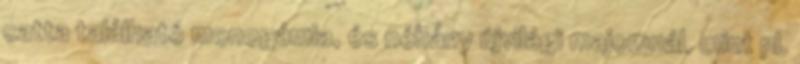
catta található monogámia, és néhány újvilági majomnál, mint pl.